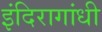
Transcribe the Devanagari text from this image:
इंदिरागांधी